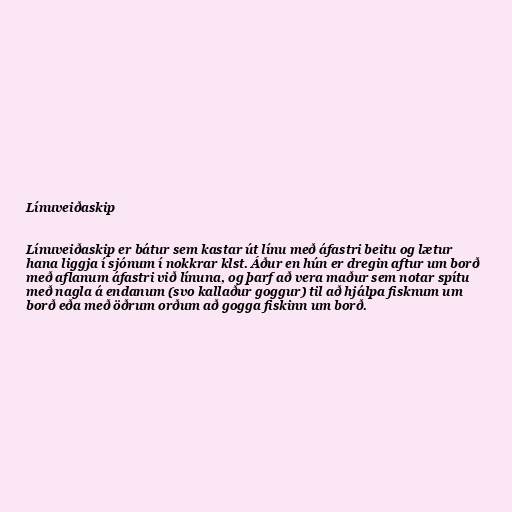
Línuveiðaskip

Línuveiðaskip er bátur sem kastar út línu með áfastri beitu og lætur
hana liggja í sjónum í nokkrar klst. Áður en hún er dregin aftur um borð
með aflanum áfastri við línuna, og þarf að vera maður sem notar spítu
með nagla á endanum (svo kallaður goggur) til að hjálpa fisknum um
borð eða með öðrum orðum að gogga fiskinn um borð.